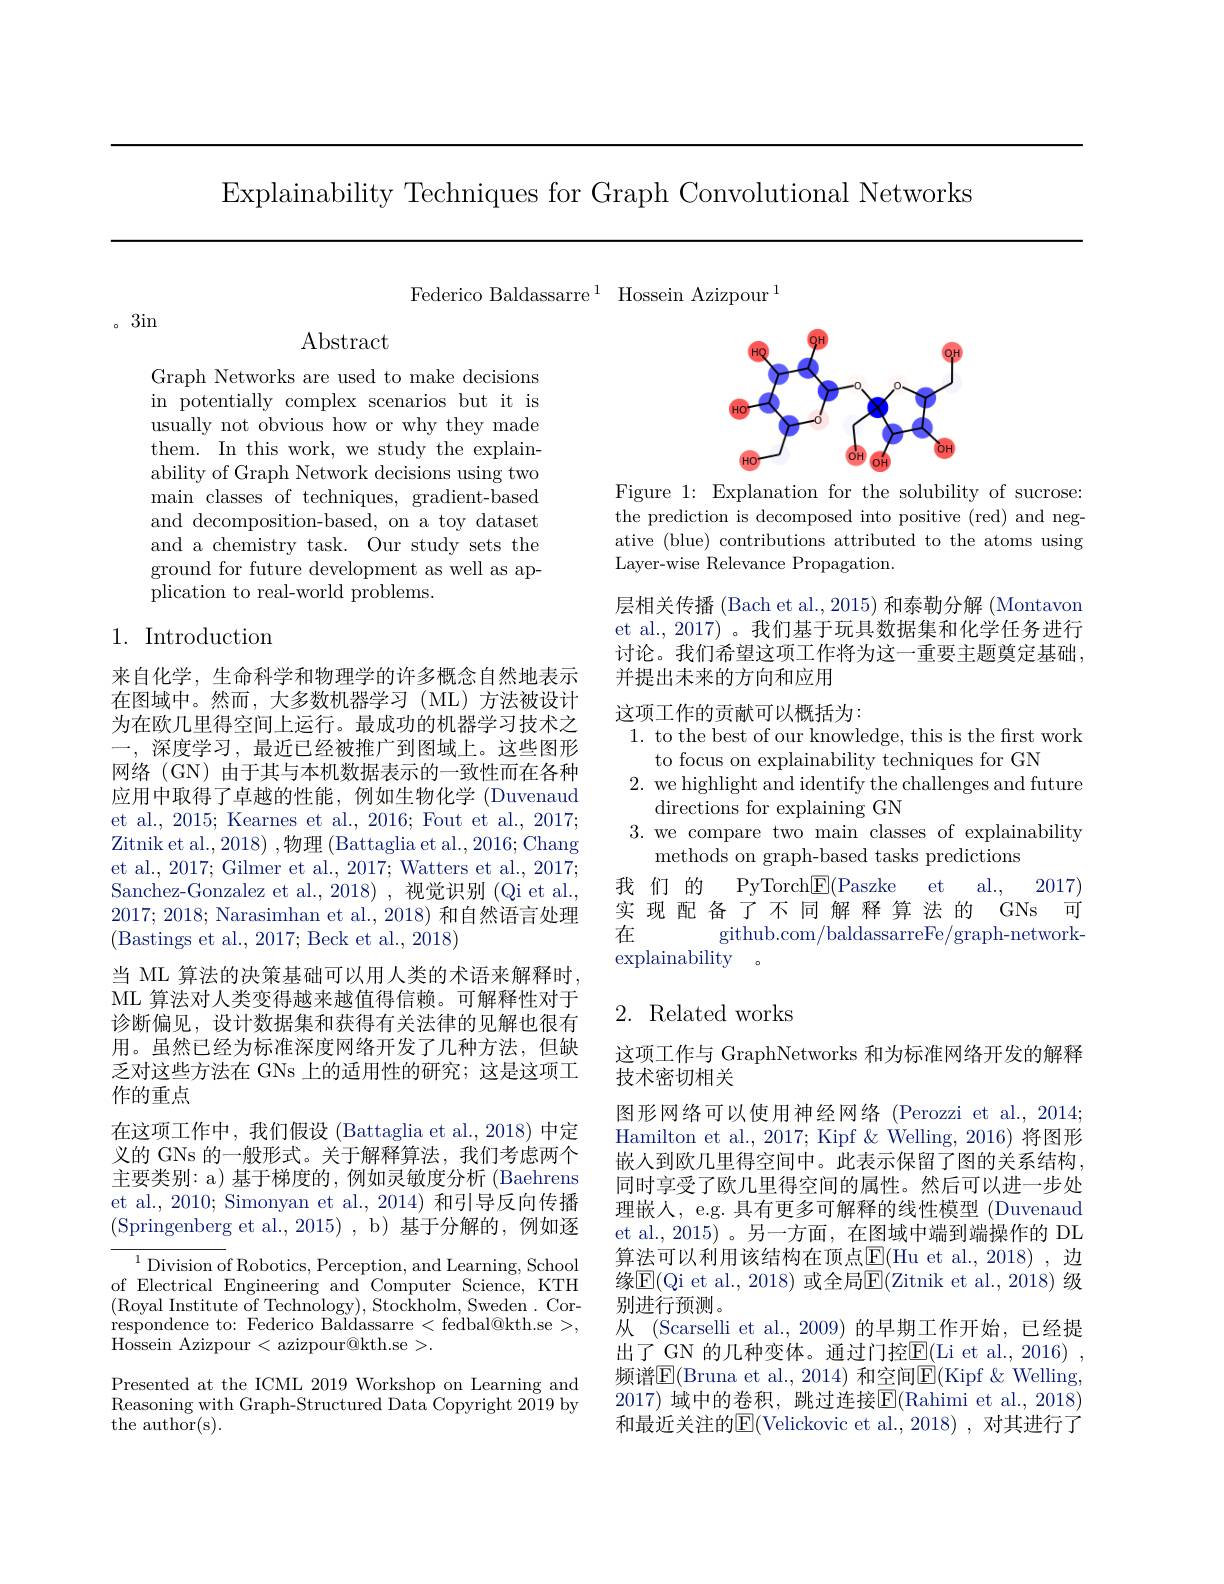
Explainability Techniques for Graph Convolutional Networks

Federico Baldassarre$^1$ Hossein Azizpour$^1$

。3in

Abstract

Graph Networks are used to make decisions in potentially complex scenarios but it is usually not obvious how or why they made them. In this work, we study the explainability of Graph Network decisions using two main classes of techniques, gradient-based and decomposition-based, on a toy dataset and a chemistry task. Our study sets the ground for future development as well as application to real-world problems.

## 1. Introduction

来自化学，生命科学和物理学的许多概念自然地表示在图域中。然而，大多数机器学习(ML)方法被设计为在欧几里得空间上运行。最成功的机器学习技术之一，深度学习，最近已经被推广到图域上。这些图形网络 (GN) 由于其与本机数据表示的一致性而在各种应用中取得了卓越的性能，例如生物化学 (Duvenaud et al., 2015; Kearnes et al., 2016; Fout et al., 2017; Zitnik et al., 2018) ,物理 (Battaglia et al., 2016; Chang et al., 2017; Gilmer et al., 2017; Watters et al., 2017; Sanchez-Gonzalez et al.,2018),视觉识别(Qi et al., 2017; 2018; Narasimhan et al., 2018) 和自然语言处理(Bastings et al., 2017; Beck et al., 2018)
当 ML 算法的决策基础可以用人类的术语来解释时， ML 算法对人类变得越来越值得信赖。可解释性对于诊断偏见，设计数据集和获得有关法律的见解也很有用。虽然已经为标准深度网络开发了几种方法，但缺乏对这些方法在 GNs 上的适用性的研究；这是这项工作的重点
在这项工作中，我们假设 (Battaglia et al., 2018) 中定义的 GNs 的一般形式。关于解释算法，我们考虑两个主要类别：a) 基于梯度的，例如灵敏度分析 (Baehrens et al., 2010; Simonyan et al., 2014) 和引导反向传播(Springenberg et al.,2015),b)基于分解的，例如逐
$^{1}$Division of Robotics, Perception, and Learning, School of Electrical Engineering and Computer Science, KTH (Royal Institute of Technology), Stockholm, Sweden. Correspondence to: Federico Baldassarre < fedbal@kth.se >, Hossein Azizpour < azizpour@kth.se >.
Presented at the ICML 2019 Workshop on Learning and Reasoning with Graph-Structured Data Copyright 2019 by

the author(s).

<FigureHere>

Figure 1: Explanation for the solubility of sucrose: the prediction is decomposed into positive (red) and negative (blue) contributions attributed to the atoms using Layer-wise Relevance Propagation.

层相关传播 (Bach et al., 2015) 和泰勒分解 (Montavon et al., 2017) 。我们基于玩具数据集和化学任务进行讨论。我们希望这项工作将为这一重要主题奠定基础， 并提出未来的方向和应用

这项工作的贡献可以概括为：
1. to the best of our knowledge, this is the first work
to focus on explainability techniques for GN
2. we highlight and identify the challenges and future
directions for explaining GN
3. we compare two main classes of explainability
methods on graph-based tasks predictions
et
al., 2017)
我们的
PyTorch$\underline {{\mathrm{F} }}($Paszke
实现配备了不同解释算法的GNs 可
在
github. com/ baldassarreFe/ graph- network-
explainability

# 2. Related works

这项工作与 GraphNetworks 和为标准网络开发的解释
技术密切相关
图形网络可以使用神经网络 (Perozzi et al., 2014; Hamilton et al., 2017; Kipf & Welling, 2016) 将图形嵌人到欧几里得空间中。此表示保留了图的关系结构， 同时享受了欧几里得空间的属性。然后可以进一步处理嵌人，e.g. 具有更多可解释的线性模型 (Duvenaud et al., 2015)。另一方面，在图域中端到端操作的 DL 算法可以利用该结构在顶点$\overline{\mathrm{E}}($Hu et al.,2018),边缘$\boxed{\mathrm{F}}($Qi et al., 2018) 或全局$\boxed{\mathrm{E}}($Zitnik et al., 2018) 级别进行预测。
从 (Scarselli et al., 2009) 的早期工作开始，已经提出了 GN 的几种变体。通过门控E(Li et al.,2016)~, 频谱$\overline{\mathrm{E}}($Bruna et al., 2014) 和空间$\underline{\mathrm{E}}($Kipf &Welling, 2017) 域中的卷积，跳过连接$\boxed{\mathrm{F}}($Rahimi et al.,2018) 和最近关注的E(Velickovic et al., 2018), 对其进行了